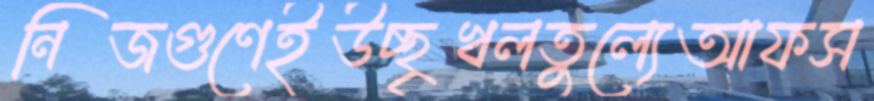
নিজগুণেইউচ্ছৃখলতুল্যেআফস